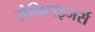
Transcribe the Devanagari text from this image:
सैनिटाइजर्स